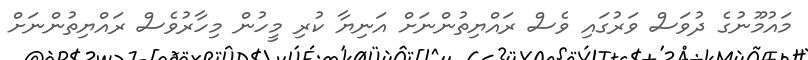
މައުމޫނުގެ ދުވަސް ވަރުގައި ވެސް ރައްޔިތުންނަށް އަނިޔާ ކުރި މީހުން މިހާރުވެސް ރައްޔިތުންނަށް